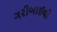
ગરીબાઈથી